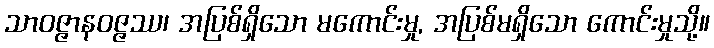
သာဝဇ္ဇာနဝဇ္ဇဿ၊ အပြစ်ရှိသော မကောင်းမှု, အပြစ်မရှိသော ကောင်းမှုသို့။